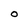
Character: o